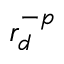
r _ { d } ^ { - p }